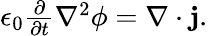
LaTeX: \begin{array}{r}{\epsilon_{0}\frac{\partial}{\partial t}\nabla^{2}\phi=\nabla\cdot\mathbf{j}.}\end{array}